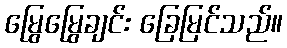
မြွေမြွေချင်း ခြေမြင်သည်။